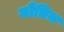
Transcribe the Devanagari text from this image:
मौतिन